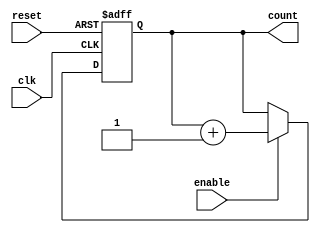
module Chained_Parallel_Counter #(
    parameter N = 4 // Number of bits in the counter
)(
    input wire clk,        // Clock signal
    input wire reset,      // Asynchronous reset
    input wire enable,     // Enable signal
    output reg [N-1:0] count // Counter output
);

// Chained Ripple Counter Logic
always @(posedge clk or posedge reset) begin
    if (reset) begin
        count <= 0;      // Reset the count to 0
    end else if (enable) begin
        // Increment logic for ripple counter
        count <= count + 1; // Increment count by 1
    end
end

endmodule